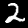
Label: 2